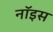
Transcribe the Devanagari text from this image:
नॉइस